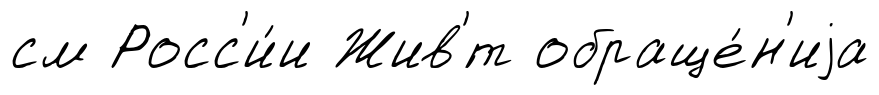
см Росс'и́и Жив'́т обраще́н'иjа